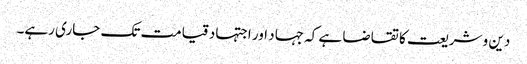
دین و شریعت کا تقاضا ہے کہ جہاد اور اجتہاد قیامت تک جاری رہے۔